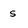
Character: s